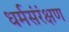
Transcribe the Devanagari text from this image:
धर्मसंरंक्षण